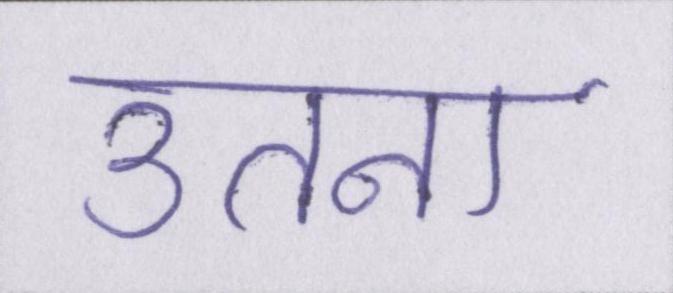
उतना